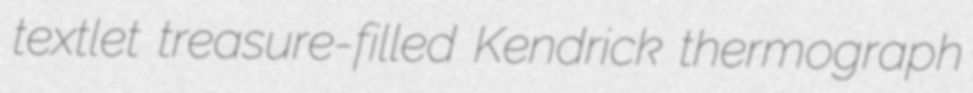
textlet treasure-filled Kendrick thermograph